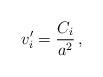
LaTeX: \begin{align*} {v_i'}=\frac{C_i}{a^2} \,,\end{align*}